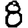
Digit: 8